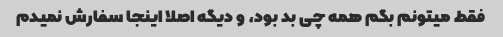
فقط میتونم بگم همه چی بد بود، و دیگه اصلا اینجا سفارش نمیدم